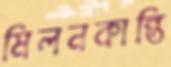
মিলনকান্তি